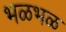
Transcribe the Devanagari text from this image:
भळभळ